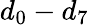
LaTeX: d_{0}-d_{7}